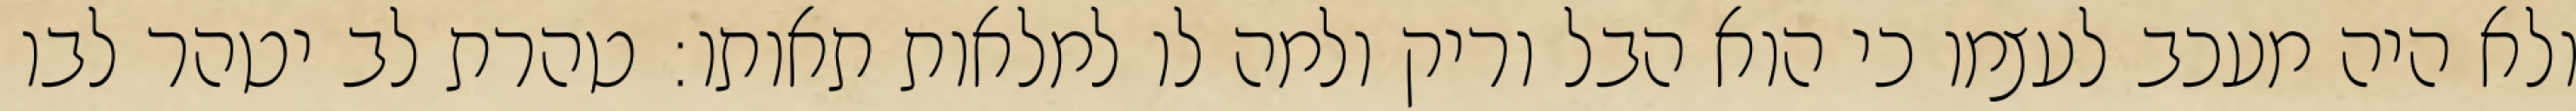
ולא היה מעכב לעצמו כי הוא הבל וריק ולמה לו למלאות תאותו: טהרת לב יטהר לבו